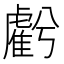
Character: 𧇾